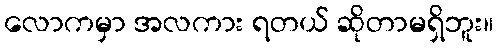
လောကမှာ အလကား ရတယ် ဆိုတာမရှိဘူး။